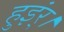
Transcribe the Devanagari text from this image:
हुइंर्।